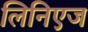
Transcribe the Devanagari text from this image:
लिनिएज